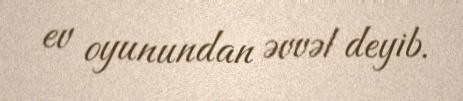
ev oyunundan əvvəl deyib.